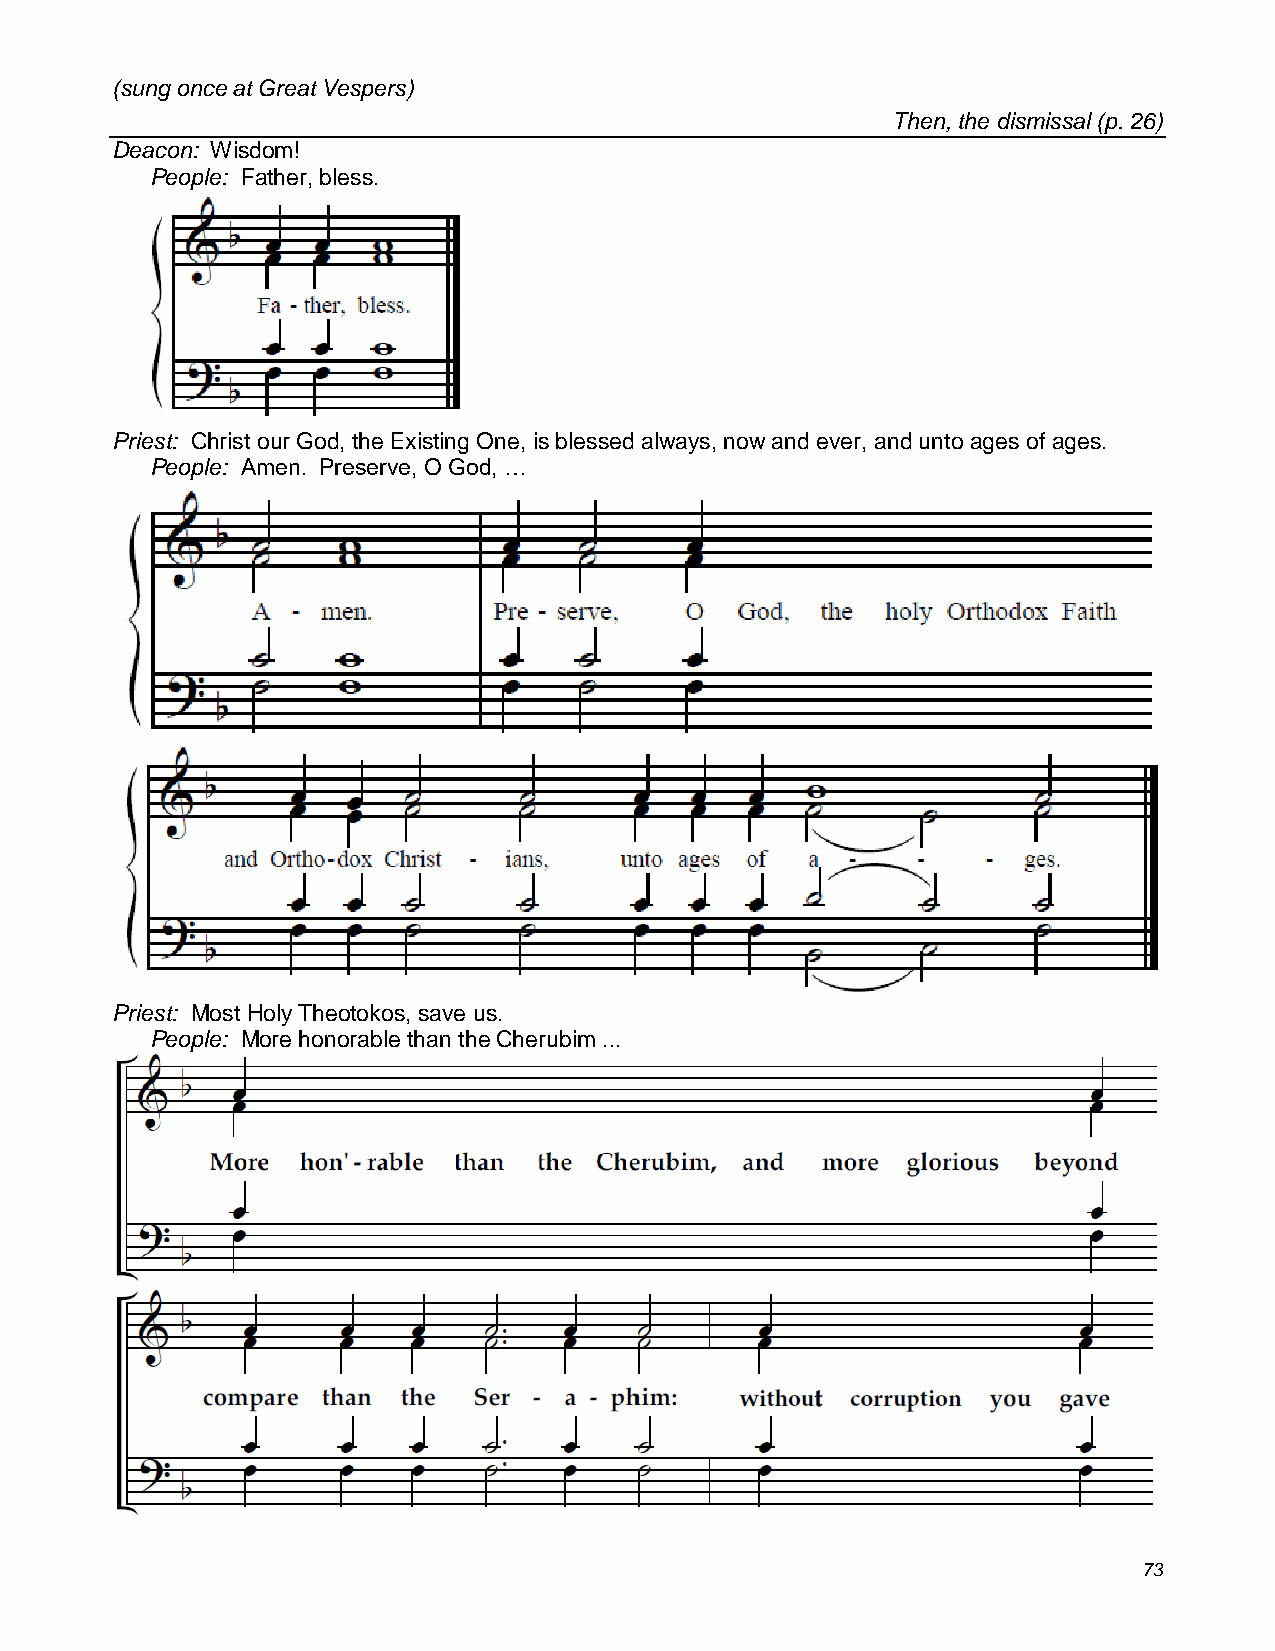
(sung once at Great Vespers)
 Then, the dismissal (p. 26)
 Deacon: Wisdom!
 People: Father, bless.
 Priest: Christ our God, the Existing One, is blessed always, now and ever, and unto ages of ages.
 People: Amen. Preserve, O God, …
 Priest: Most Holy Theotokos, save us.
 People: More honorable than the Cherubim ...
 73